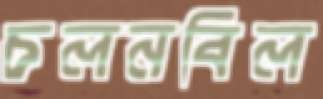
চলনবিল